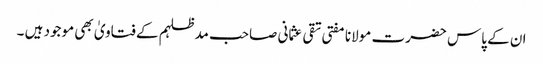
ان کے پاس حضرت مولانا مفتی تقی عثمانی صاحب مدظلہم کے فتاویٰ بھی موجود ہیں ۔